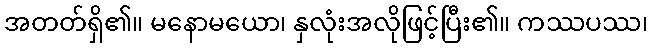
အတတ်ရှိ၏။ မနောမယော၊ နှလုံးအလိုဖြင့်ပြီး၏။ ကဿပဿ၊